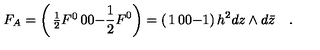
F _ { A } = \left( \begin{matrix} { { \frac { 1 } { 2 } } F ^ { 0 } } & { 0 } \\ { 0 } & { - { \frac { 1 } { 2 } } F ^ { 0 } } \\ \end{matrix} \right) = \left( \begin{matrix} { 1 } & { 0 } \\ { 0 } & { - 1 } \\ \end{matrix} \right) h ^ { 2 } d z \wedge d { \bar { z } } \quad .